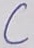
Text: C